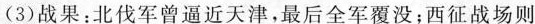
(3)战果：北伐军曾逼近天津，最后全军覆没；西征战场则